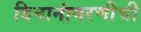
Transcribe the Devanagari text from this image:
बिनानांगरणीची